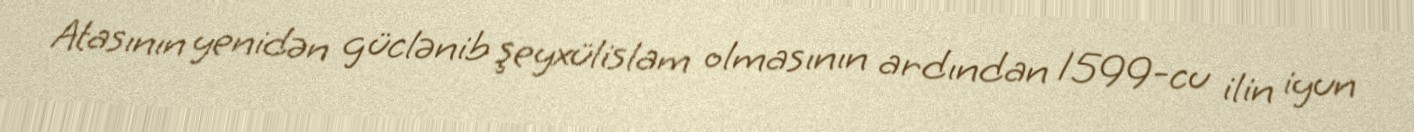
Atasının yenidən güclənib şeyxülislam olmasının ardından 1599-cu ilin iyun